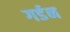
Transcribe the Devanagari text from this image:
गर्डन